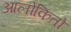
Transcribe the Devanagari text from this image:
आलोकितो